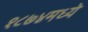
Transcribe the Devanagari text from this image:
१८७४मध्ये